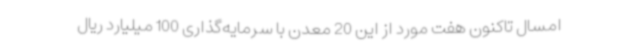
امسال تاکنون هفت مورد از این 20 معدن با سرمایه‌گذاری 100 میلیارد ریال